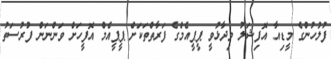
ފުލުހުންގެ މީޑިއާ އޮފިޝަލު ވިދާޅުވީ ޕީޕީއެމްގެ ފަރާތްތަކަށް ޕީޕީއެމް އޮފީހަށް ވަންނަން ފުރުސަތު